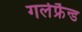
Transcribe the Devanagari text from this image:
गर्लफ्रैन्ड